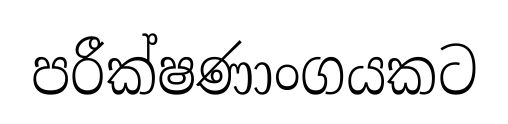
පරීක්ෂණාංගයකට